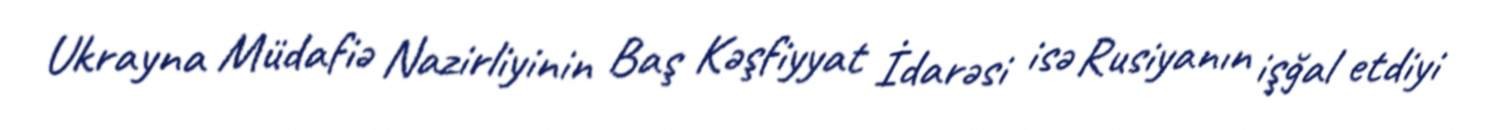
Ukrayna Müdafiə Nazirliyinin Baş Kəşfiyyat İdarəsi isə Rusiyanın işğal etdiyi